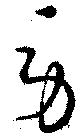
勞